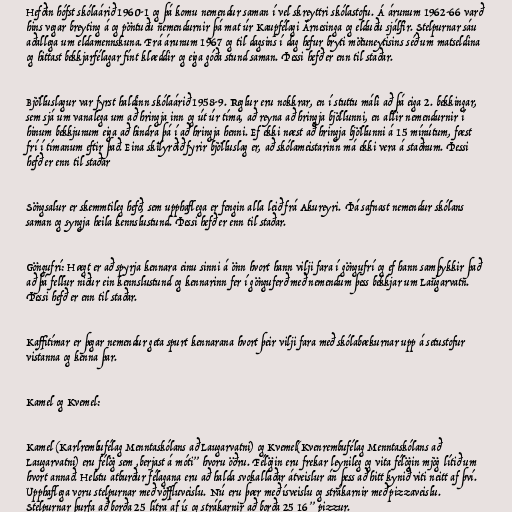
Hefðin hófst skólaárið 1960-1 og þá komu nemendur saman í vel skreyttri skólastofu. Á árunum 1962-66 varð
hins vegar breyting á og pöntuðu nemendurnir þá mat úr Kaupfélagi Árnesinga og elduðu sjálfir. Stelpurnar sáu
aðallega um eldamennskuna. Frá árunum 1967 og til dagsins í dag hefur bryti mötuneytisins séð um matseldina
og hittast bekkjarfélagar fínt klæddir og eiga góða stund saman. Þessi hefð er enn til staðar.

Bjölluslagur var fyrst haldinn skólaárið 1958-9. Reglur eru nokkrar, en í stuttu máli að þá eiga 2. bekkingar,
sem sjá um vanalega um að hringja inn og út úr tíma, að reyna að hringja bjöllunni, en allir nemendurnir í
hinum bekkjunum eiga að hindra þá í að hringja henni. Ef ekki næst að hringja bjöllunni á 15 mínútum, fæst
frí í tímanum eftir það. Eina skilyrðið fyrir bjölluslag er, að skólameistarinn má ekki vera á staðnum. Þessi
hefð er enn til staðar

Söngsalur er skemmtileg hefð, sem upphaflega er fengin alla leið frá Akureyri. Þá safnast nemendur skólans
saman og syngja heila kennslustund. Þessi hefð er enn til staðar.

Göngufrí: Hægt er að spyrja kennara einu sinni á önn hvort hann vilji fara í göngufrí og ef hann samþykkir það
að þá fellur niður ein kennslustund og kennarinn fer í gönguferð með nemendum þess bekkjar um Laugarvatn.
Þessi hefð er enn til staðar.

Kaffitímar er þegar nemendur geta spurt kennarana hvort þeir vilji fara með skólabækurnar upp á setustofur
vistanna og kenna þar.

Kamel og Kvemel:

Kamel (Karlrembufélag Menntaskólans að Laugarvatni) og Kvemel(Kvenrembufélag Menntaskólans að
Laugarvatni) eru félög sem ,berjast á móti” hvoru öðru. Félögin eru frekar leynileg og vita félögin mjög lítið um
hvort annað. Helstu atburður félagana eru að halda svokallaðar átveislur án þess að hitt kynið viti neitt af því.
Upphaflega voru stelpurnar með vöffluveislu. Nú eru þær með ísveislu og strákarnir með pizzaveislu.
Stelpurnar þurfa að borða 25 lítra af ís og strákarnir að borða 25 16” pizzur.